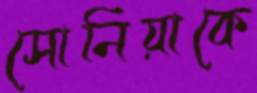
সোনিয়াকে